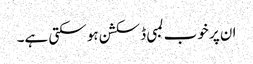
ان پر خوب لمبی ڈسکشن ہو سکتی ہے۔